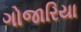
ગોજારિયા